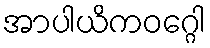
အာပါယိကဝဂ္ဂေါ